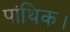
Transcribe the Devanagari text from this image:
पांथिक।